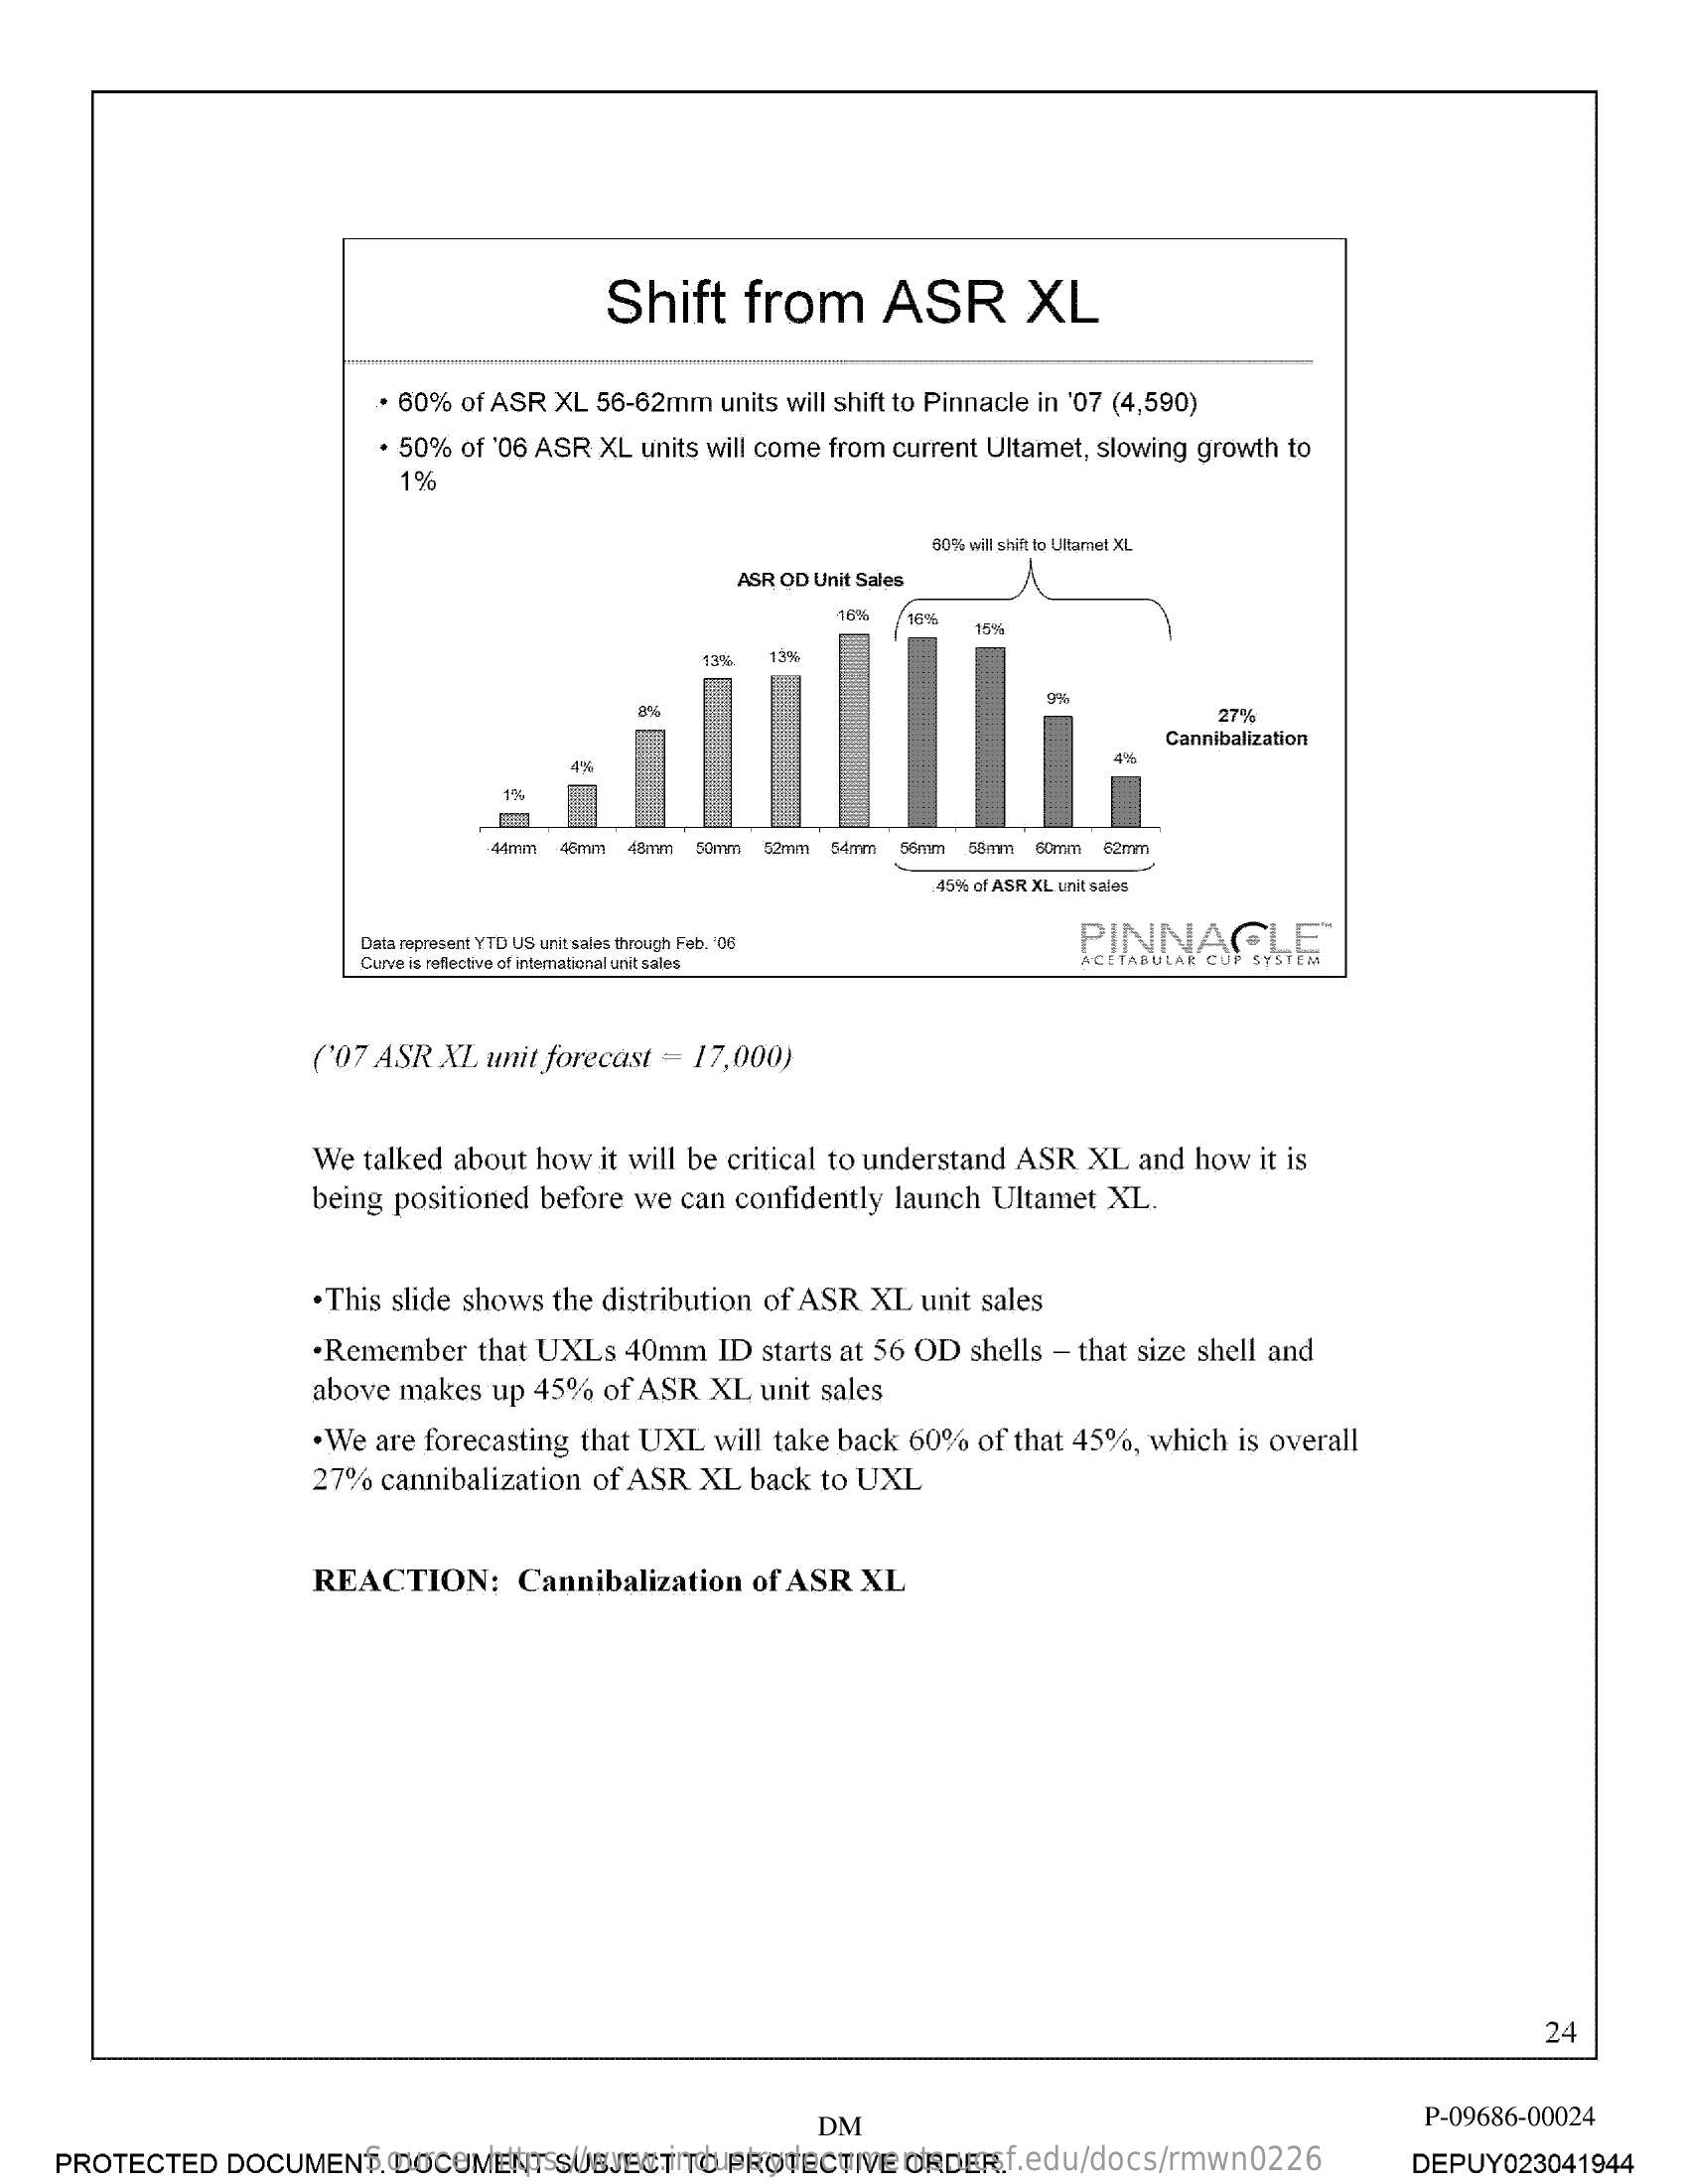
Shift    from    ASR    XL
     . 60% of ASR XL  56-62mm  units will shift to Pinnacle in '07 (4,590)
     . 50% of '06 ASR XL units will come from current Ultamet, slowing growth to
     1%
     80% will shift to Ultamet XL
     ASR OD Unit Sales
     1676
     15%
     1:3%
     27%
     Cannibalization
     44mm 45mm 48mm  50mm 52mm 84mm  56mm .68mm 60mm 62mm
     45% of ASR XL unit sales
     Data represent YTD US unit sales through Feb. 106    PINNACLE
     Curve is refective of intemational unit sales    SYSTEM
     ('07 ASR XL  unit forecast = 17,000)
     We talked about  how  it will be critical to understand ASR XL  and how   it is
     being positioned before  we can confidently  launch  Ultamet  XL.
     . This slide shows the distribution of ASR XL  unit sales
     .Remember   that UXLs   40mm   ID  starts at 56 OD shells - that size shell and
     above makes   up 45%  of ASR   XL  unit sales
     . We are forecasting that UXL  will take back 60%   of that 45%, which  is overall
     27%  cannibalization of ASR   XL  back to UXL
     REACTION:    Cannibalization    of ASR  XL
     24
     DM    P-09686-00024
     Source:   https://www.industrydocuments.ucsf.edu/docs/rmwn0226 PROTECTED DOCUMENT. DOCUMENT SUBJECT TO PROTECTIVE ORDER. DEPUY023041944